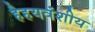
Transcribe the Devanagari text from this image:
हैहयवंशीय